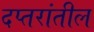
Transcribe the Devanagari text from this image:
दप्तरांतील